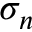
\sigma _ { n }